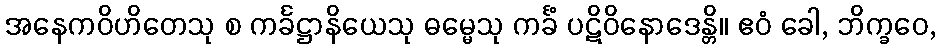
အနေကဝိဟိတေသု စ ကင်္ခဋ္ဌာနိယေသု ဓမ္မေသု ကင်္ခံ ပဋိဝိနောဒေန္တိ။ ဧဝံ ခေါ, ဘိက္ခဝေ,